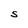
Character: S